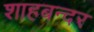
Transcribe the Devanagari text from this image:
शाहबन्दर